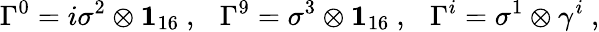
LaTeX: \Gamma^{0}=i\sigma^{2}\otimes{\mathbf 1}_{16}~,~~~\Gamma^{9}=\sigma^{3}\otimes{\mathbf 1}_{16}~,~~~\Gamma^{i}=\sigma^{1}\otimes\gamma^{i}~,